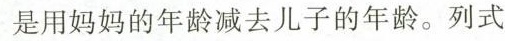
是用妈妈的年龄减去儿子的年龄。列式